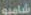
شامبو